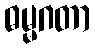
ဓမ္မဂတာ